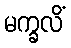
မက္ခလိံ